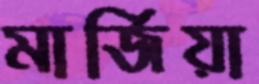
মার্জিয়া